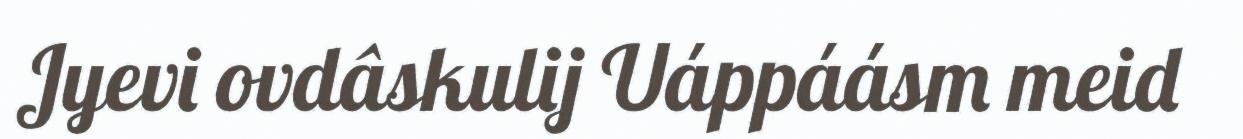
Jyevi ovdâskulij Uáppáásm meid